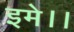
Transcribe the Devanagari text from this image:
इमे।।